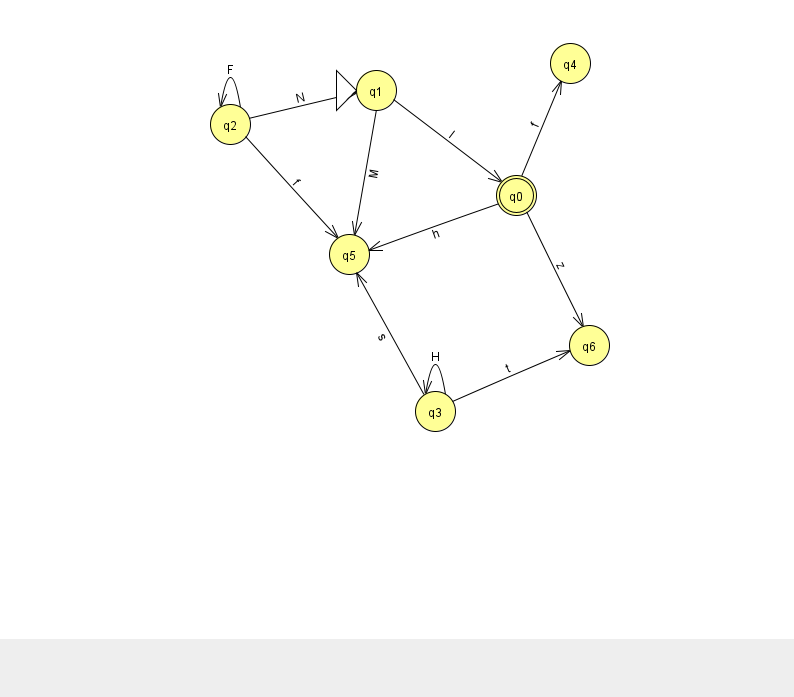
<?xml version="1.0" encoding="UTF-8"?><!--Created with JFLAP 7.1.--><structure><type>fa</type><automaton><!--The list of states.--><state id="0" name="q0"><x>516.0</x><y>182.0</y><final/></state><state id="1" name="q1"><x>376.0</x><y>77.0</y><initial/></state><state id="2" name="q2"><x>230.0</x><y>111.0</y></state><state id="3" name="q3"><x>435.0</x><y>398.0</y></state><state id="4" name="q4"><x>570.0</x><y>50.0</y></state><state id="5" name="q5"><x>349.0</x><y>241.0</y></state><state id="6" name="q6"><x>589.0</x><y>332.0</y></state><!--The list of transitions.--><transition><from>3</from><to>6</to><read>t</read></transition><transition><from>2</from><to>5</to><read>f</read></transition><transition><from>3</from><to>5</to><read>s</read></transition><transition><from>2</from><to>2</to><read>F</read></transition><transition><from>0</from><to>5</to><read>h</read></transition><transition><from>3</from><to>3</to><read>H</read></transition><transition><from>1</from><to>5</to><read>M</read></transition><transition><from>1</from><to>0</to><read>l</read></transition><transition><from>2</from><to>1</to><read>N</read></transition><transition><from>0</from><to>4</to><read>f</read></transition><transition><from>0</from><to>6</to><read>z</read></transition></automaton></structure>